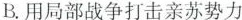
B.用局部战争打击亲苏势力